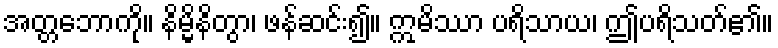
အတ္တဘောကို။ နိမ္မိနိတွာ၊ ဖန်ဆင်း၍။ ဣမိဿာ ပရိသာယ၊ ဤပရိသတ်၏။